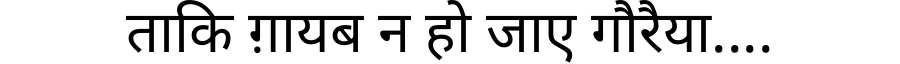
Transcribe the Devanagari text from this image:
ताकि ग़ायब न हो जाए गौरैया....